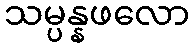
သမ္ပန္နဖလော